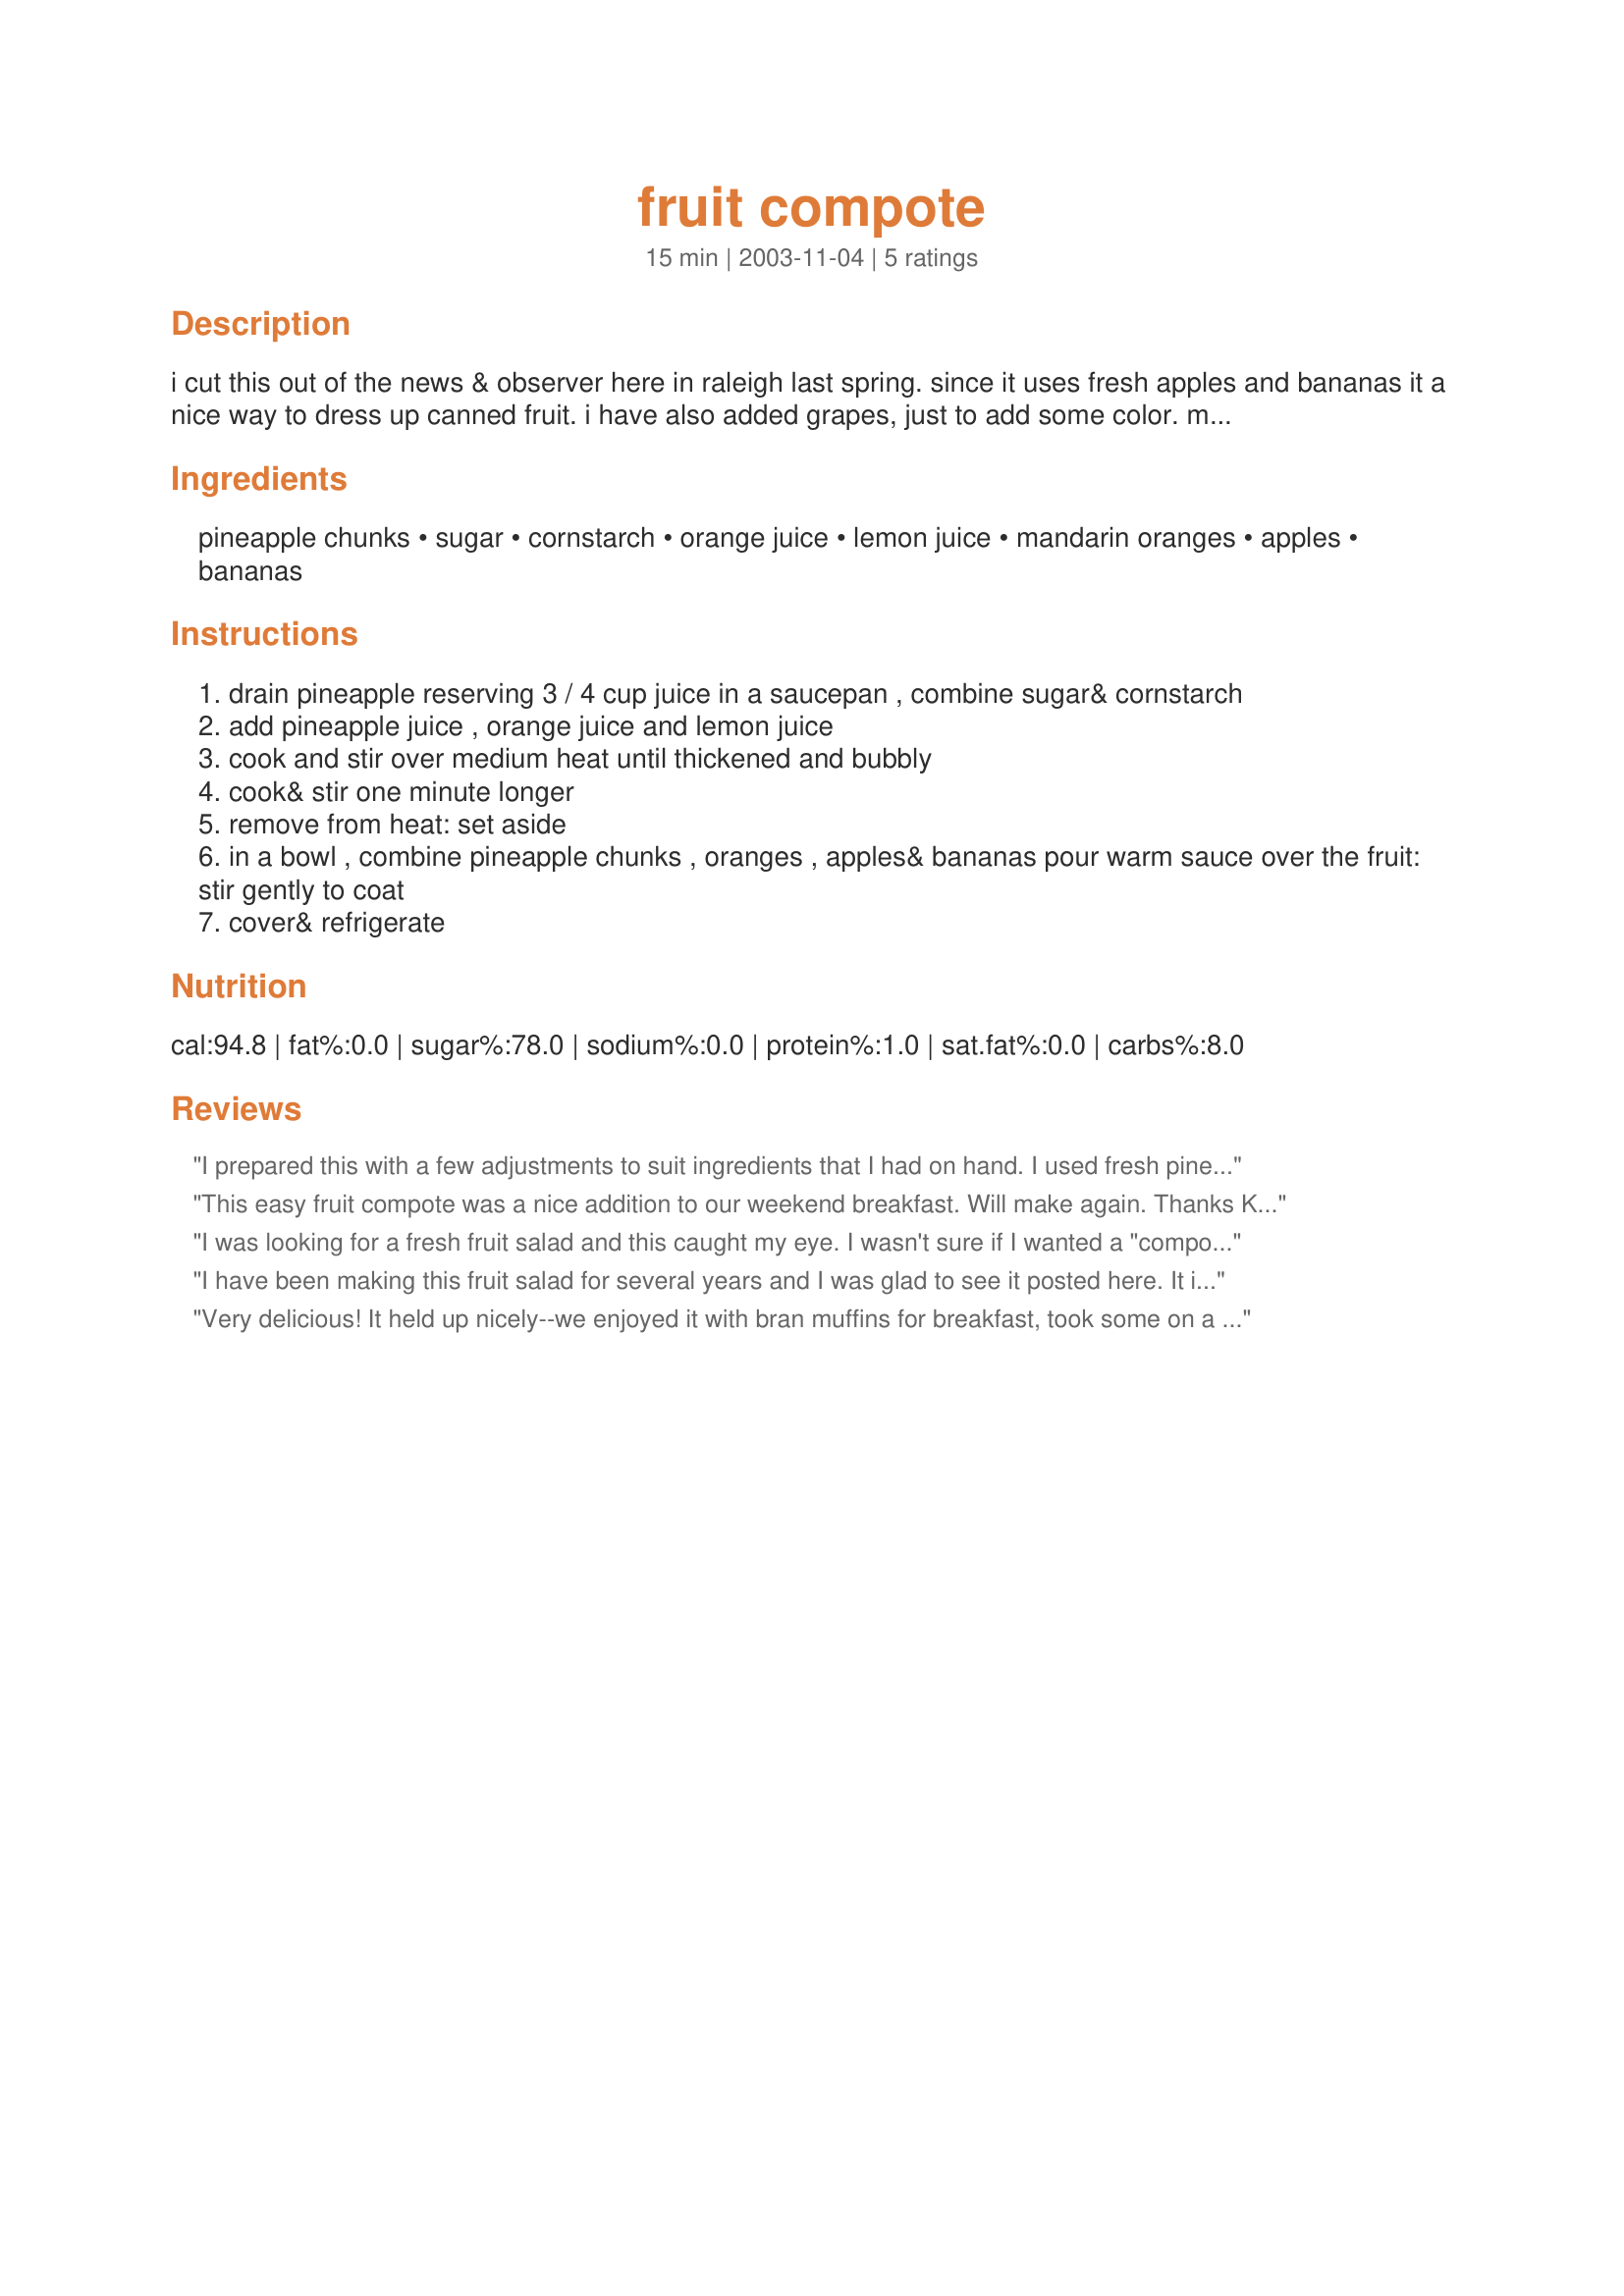
fruit compote
Preparation time: 15 minutes

i cut this out of the news & observer here in raleigh last spring. since it uses fresh apples and bananas it a nice way to dress up canned fruit. i have also added grapes, just to add some color. my family really likes this fruit salad.

Ingredients:
pineapple chunks, sugar, cornstarch, orange juice, lemon juice, mandarin oranges, apples, bananas

Steps:
drain pineapple reserving 3 / 4 cup juice in a saucepan , combine sugar& cornstarch
add pineapple juice , orange juice and lemon juice
cook and stir over medium heat until thickened and bubbly
cook& stir one minute longer
remove from heat: set aside
in a bowl , combine pineapple chunks , oranges , apples& bananas pour warm sauce over the fruit: stir gently to coat
cover& refrigerate

Reviews:
I prepared this with a few adjustments to suit ingredients that I had on hand. I used fresh pineapple and because I didn't have the juice from the canned, combined white grape juice with the OJ to form the glaze. I omitted the bananas and added blueberries for an extra burst of color. This was an excellent fruit salad that went well with my Pumpkin Cornmeal Muffins (recipe #80705) and the Chile Relleno Torta (recipe #80540). Thanks for posting.
This easy fruit compote was a nice addition to our weekend breakfast. Will make again. 

Thanks Kay in NC.

Bullwinkle.
I was looking for a fresh fruit salad and this caught my eye. I wasn't sure if I wanted a "compote" but I'm sure glad I gave it a try. The fruit sauce was so fresh tasting (used fresh orange juice)and merely held the fruit together with its thick syrup consistency. The mandarin oranges were the most fragile, so next time I will fold those in last. Surprisingly, my bananas (recommend them "just ripe") held up great and did not turn brown (lemon juice effect).I used Braeburn apples (2) I served it in wine glasses and it was worthy in looks and taste. I will definitely make again.
Roxygirl
I have been making this fruit salad for several years and I was glad to see it posted here. It is always great. It's a wonderful salad to have for breakfast and it's easy to make with the fruit that's available in the winter. I usually leave out the bananas and sometimes add grapes. Thanks for posting!
Very delicious! It held up nicely--we enjoyed it with bran muffins for breakfast, took some on a picnic, and had some as a side for a light supper. My sister was visiting and she enjoyed it as well. Thanks for posting!
